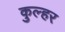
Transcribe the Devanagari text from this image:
कुल्हर